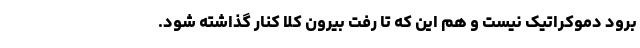
برود دموکراتیک نیست و هم این که تا رفت بیرون کلا کنار گذاشته شود.